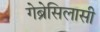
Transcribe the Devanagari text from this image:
गेब्रेसिलासी